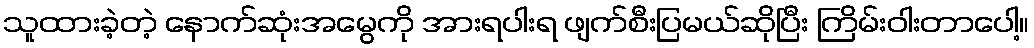
သူထားခဲ့တဲ့ နောက်ဆုံးအမွေကို အားရပါးရ ဖျက်စီးပြမယ်ဆိုပြီး ကြိမ်းဝါးတာပေါ့။